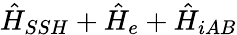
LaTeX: \hat{H}_{SSH}+\hat{H}_{e}+\hat{H}_{iAB}